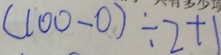
( 1 0 0 - 0 ) \div 2 + 1